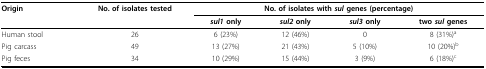
<table><thead><tr><td><b>Origin</b></td><td><b>No. of isolates tested</b></td><td colspan="4"><b>No. of isolates with <i>sul </i>genes (percentage)</b></td></tr><tr><td></td><td></td><td><b><i>sul1 </i>only</b></td><td><b><i>sul2 </i>only</b></td><td><b><i>sul3 </i>only</b></td><td><b>two <i>sul </i>genes</b></td></tr></thead><tbody><tr><td>Human stool</td><td>26</td><td>6 (23%)</td><td>12 (46%)</td><td>0</td><td>8 (31%)<sup>a</sup></td></tr><tr><td>Pig carcass</td><td>49</td><td>13 (27%)</td><td>21 (43%)</td><td>5 (10%)</td><td>10 (20%)<sup>b</sup></td></tr><tr><td>Pig feces</td><td>34</td><td>10 (29%)</td><td>15 (44%)</td><td>3 (9%)</td><td>6 (18%)<sup>c</sup></td></tr></tbody></table>